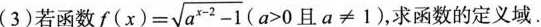
(3)若函数 $$f ( ( x ) = \sqrt { a ^ { x - 2 } - 1 }$$ ($$a > 0$$且$$a ≠ 1$$)，求函数的定义域。